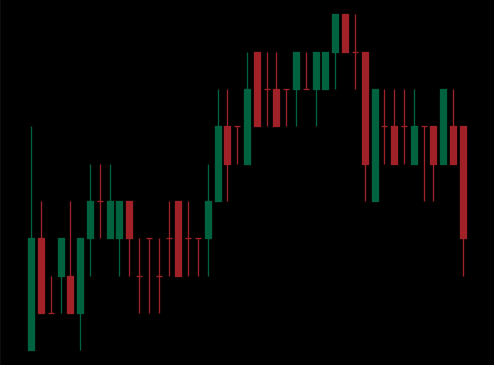
Pattern: bear_flag